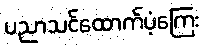
ပညာသင်ထောက်ပံ့ကြေး